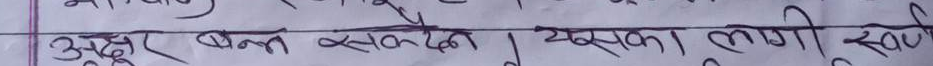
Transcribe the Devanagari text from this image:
अझूर बन्द सक्दैन। यसका लागी स्वर्ग